Civil Veterinary Dept. Bombay admin report 1907-1913 - 1907-1913
Year: 1907
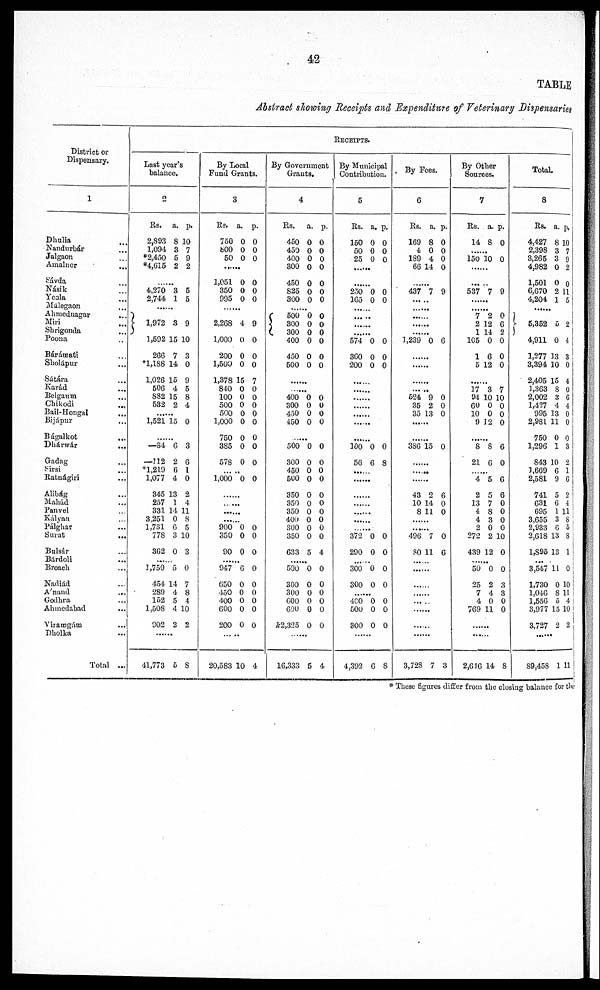
42
TABLE
Abstract showing Receipts and Expenditure of Veterinary Dispensaries
District or
Dispensary.
1
Dhulia ...
Nandurbár ...
Jalgaon ...
Amalner
...
Sávda ...
Násik ...
Yeala ...
Malegaon ...
Ahmednagar ...
Miri ...
Shrigonda ...
Poona ...
Bárámati ...
Sholápur ...
Sátára ...
Karád ...
Belgaum ...
Chikodi
...
Bail-Hongal ...
Bijápur ...
Bágalkot
...
Dhárwár
...
Gadng ...
Sirsi ...
Ratnágiri ...
Alibág ...
Mahád ...
Panvel ...
Kályan ...
Pálghar ...
Surat
...
Bulsár ...
Bardoli ...
Broach ...
Nadiád ...
Anand
...
Godhra ...
Ahmedabad ...
Virarogám ...
Dholka ...
Total ...
RECEIPTS.
Last year's
balance.
2
Rs. a. p.
2,893 8 10
1,094 3 7
*2,450 5 9
*4,615 2 2
......
4,270 3 5
2,744 1 5
......
1,972 3 9
1,592 15 10
266 7 3
*1,188 14 0
1,026 15 9
506 4 5
S32 15 8
532 2 4
1,521 15 0
—34 6 3
—712 2 6
*1,219 6 1
1,077 4 0
345 13 2
257 1 4
331 14 11
3,251 0 8
1,781 6 5
778 3 10
362 0 3
1,750 5 0
454 14 7
280 4 8
152 5 4
1,508 4 10
902 2 2
......
41,773 5 8
By Local
Fund Grants.
3
Rs. a. p.
750 0 0
800 0 0
50 0 0
1,051 0 0
350 0 0
995 0 0
......
2,268 4 9
1,000 0 0
200 0 0
1,500 0 0
1,378 15 7
840 0 0
100 0 0
500 0 0
500 0 0
1,000 0 0
750 0 0
385 0 0
578 0 0
... ..
1,000 0 0
.. ...
900 0 0
350 0 0
90 0 0
947 6 0
650 0 0
450 0 0
400 0 0
600 0 0
200 0 0
20,583 10 4
By Government
Grants.
4
Rs. a. p.
450 0 0
450 0 0
400 0 0
300 0 0
450 0 0
825 0 0
300 0 0
...... 500 0 0
300 0 0
300 0 0
400 0 0
450 0 0
500 0 0
400 0 0
300 0 0
450 0 0
450 0 0
500 0 0
300 0 0
450 0 0
500 0 0
350 0 0
350 0 0
350 0 0
400 0 0
300 0 0
350 0 0
G33 5 4
500 0 0
300 0 0
300 0 0
600 0 0
600 0 0
k2,325 0 0
......
16,333 6 4
By Municipal
Contribution.
5
Rs. a. p.
150 0 0
50 0 0
25 0 0
......
......
250 0 0
165 0 0
......
... ..
......
......
574 0 0
360 0 0
200 0 0
......
......
......
......
......
......
......
100 0 0
56 6 8
......
......
......
......
......
......
......
372 0 0
290 0 0
......
300 0 0
300 0 0
......
400 0 0
500 0 0
300 0 0
......
4,392 6 8
By Fees.
6
Rs. a. p.
169 8 0
4 0 0
189 4 0
66 14 0
......
437 7 9
......
......
......
......
3,239 0 6
......
......
......
......
524 9 0
35 2 0
35 13 0
......
......
386 15 0
......
.....
......
43 2 6
10 14 0
8 110
......
......
496 7 0
80 11 6
......
......
......
......
......
......
......
3,728 7 3
By Other
Sources.
7
Rs. a. p.
14 8 0
150 10 0
......
......
537 7 9
......
...... 7 2 0
2 12 6
1 14 2
165 0 0
16 0
5 12 0
......
17 3 7
94 10 10
60 0 0
10 0 0
9 12 0
......
8 8 6
21 6 0
......
4 5 6
2 5 6
13 7 0
4 8 0
4 3 0
2 0 0
272 2 10
439 12 0
......
50 0 0
25 2 3
7 4 3
4 0 0
769 11 0
......
......
2,616 14 8
Total.
8
Rs. a. p.
4,427 8 10
2,398 3 7
3,265 3 9
4,982 0 2
1,501 0 0
6,670 2 11
4,204 1 5
......
5,352 5 2
......
4,911 0 4
1,277 13 3
3,394 10 0
2,405 15 4
1,363 8 0
2,002 3 6
1,427 4 4
995 13 0
2,981 11 0
750 0 0
1,296 1 3
843 10 2
1,669 6 1
2,581 9 6
741 5 2
631 6 1
695 1 11
3,655 3 8
2,933 6 6
2,618 13 8
1,895 13 1
...
3,547 11 0
1,730 0 10
1,046 8 11
1,556 5 4
3,977 15 10
3,727 2 2
......
89,458 1 11
* These figures differ from the closing balance for the